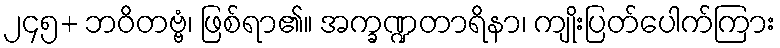
၂၄၅+ ဘဝိတဗ္ဗံ၊ ဖြစ်ရာ၏။ အက္ခဏ္ဍတာရိနာ၊ ကျိုးပြတ်ပေါက်ကြား